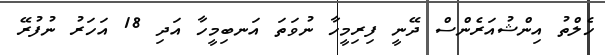
ހެލްތު އިންޝުއަރެންސް ދޭނީ ފިރިމީހާ ނުވަތަ އަނބިމީހާ އަދި 18 އަހަރު ނުފުރޭ